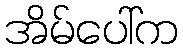
အိမ်ပေါ်က